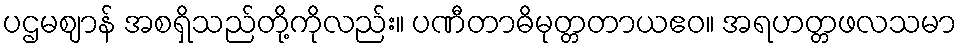
ပဌမဈာန် အစရှိသည်တို့ကိုလည်း။ ပဏီတာဓိမုတ္တတာယဧဝ။ အရဟတ္တဖလသမာ